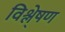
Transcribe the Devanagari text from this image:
विश्ले्षण